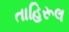
તાહિરૂલ